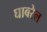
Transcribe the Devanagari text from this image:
घाबरेल